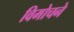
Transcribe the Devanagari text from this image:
विमोचने